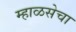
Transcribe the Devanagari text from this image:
म्हाळसेचा